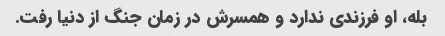
بله، او فرزندی ندارد و همسرش در زمان جنگ از دنیا رفت.